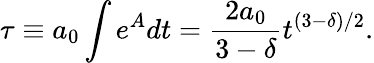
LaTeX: \tau\equiv a_{0}\int e^{A}dt=\frac{2a_{0}}{3-\delta}t^{(3-\delta)/2}.